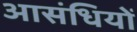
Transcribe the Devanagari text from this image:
आसंधियों